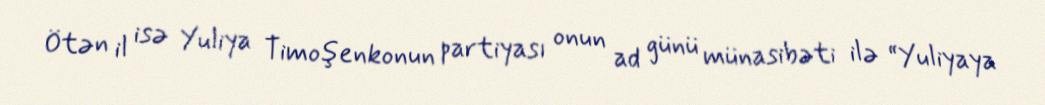
Ötən il isə Yuliya Timoşenkonun partiyası onun ad günü münasibəti ilə “Yuliyaya